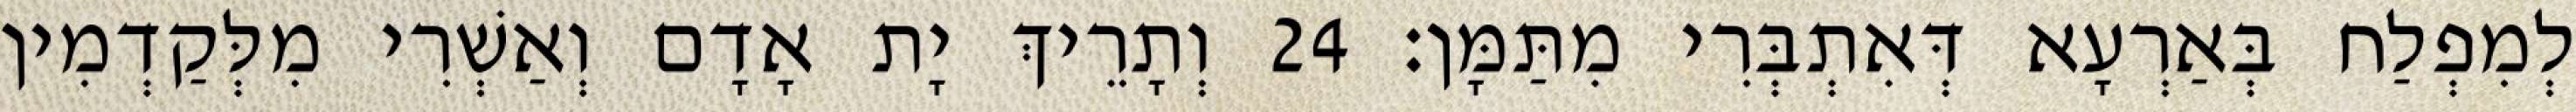
לְמִפְלַח בְּאַרְעָא דְּאִתְבְּרִי מִתַּמָּן׃ 24 וְתָרֵיךְ יָת אָדָם וְאַשְׁרִי מִלְּקַדְמִין